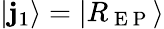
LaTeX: |\mathbf{j}_{1}\rangle=|R_{\mathrm{{~E~P~}}}\rangle